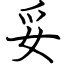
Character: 妥